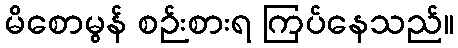
မိစောမွန် စဉ်းစားရ ကြပ်နေသည်။